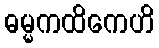
ဓမ္မကထိကေဟိ